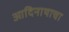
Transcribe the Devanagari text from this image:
आदिनाथाचा